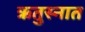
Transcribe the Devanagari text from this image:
ऋतुस्नात